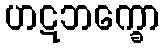
ဟဋဘက္ခော